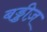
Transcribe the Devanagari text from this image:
बड्डीज़